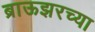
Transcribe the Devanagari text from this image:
ब्राऊझरच्या